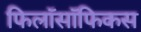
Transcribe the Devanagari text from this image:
फिलॉसॉफिकस